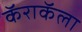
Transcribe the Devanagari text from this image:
कॅराकॅला